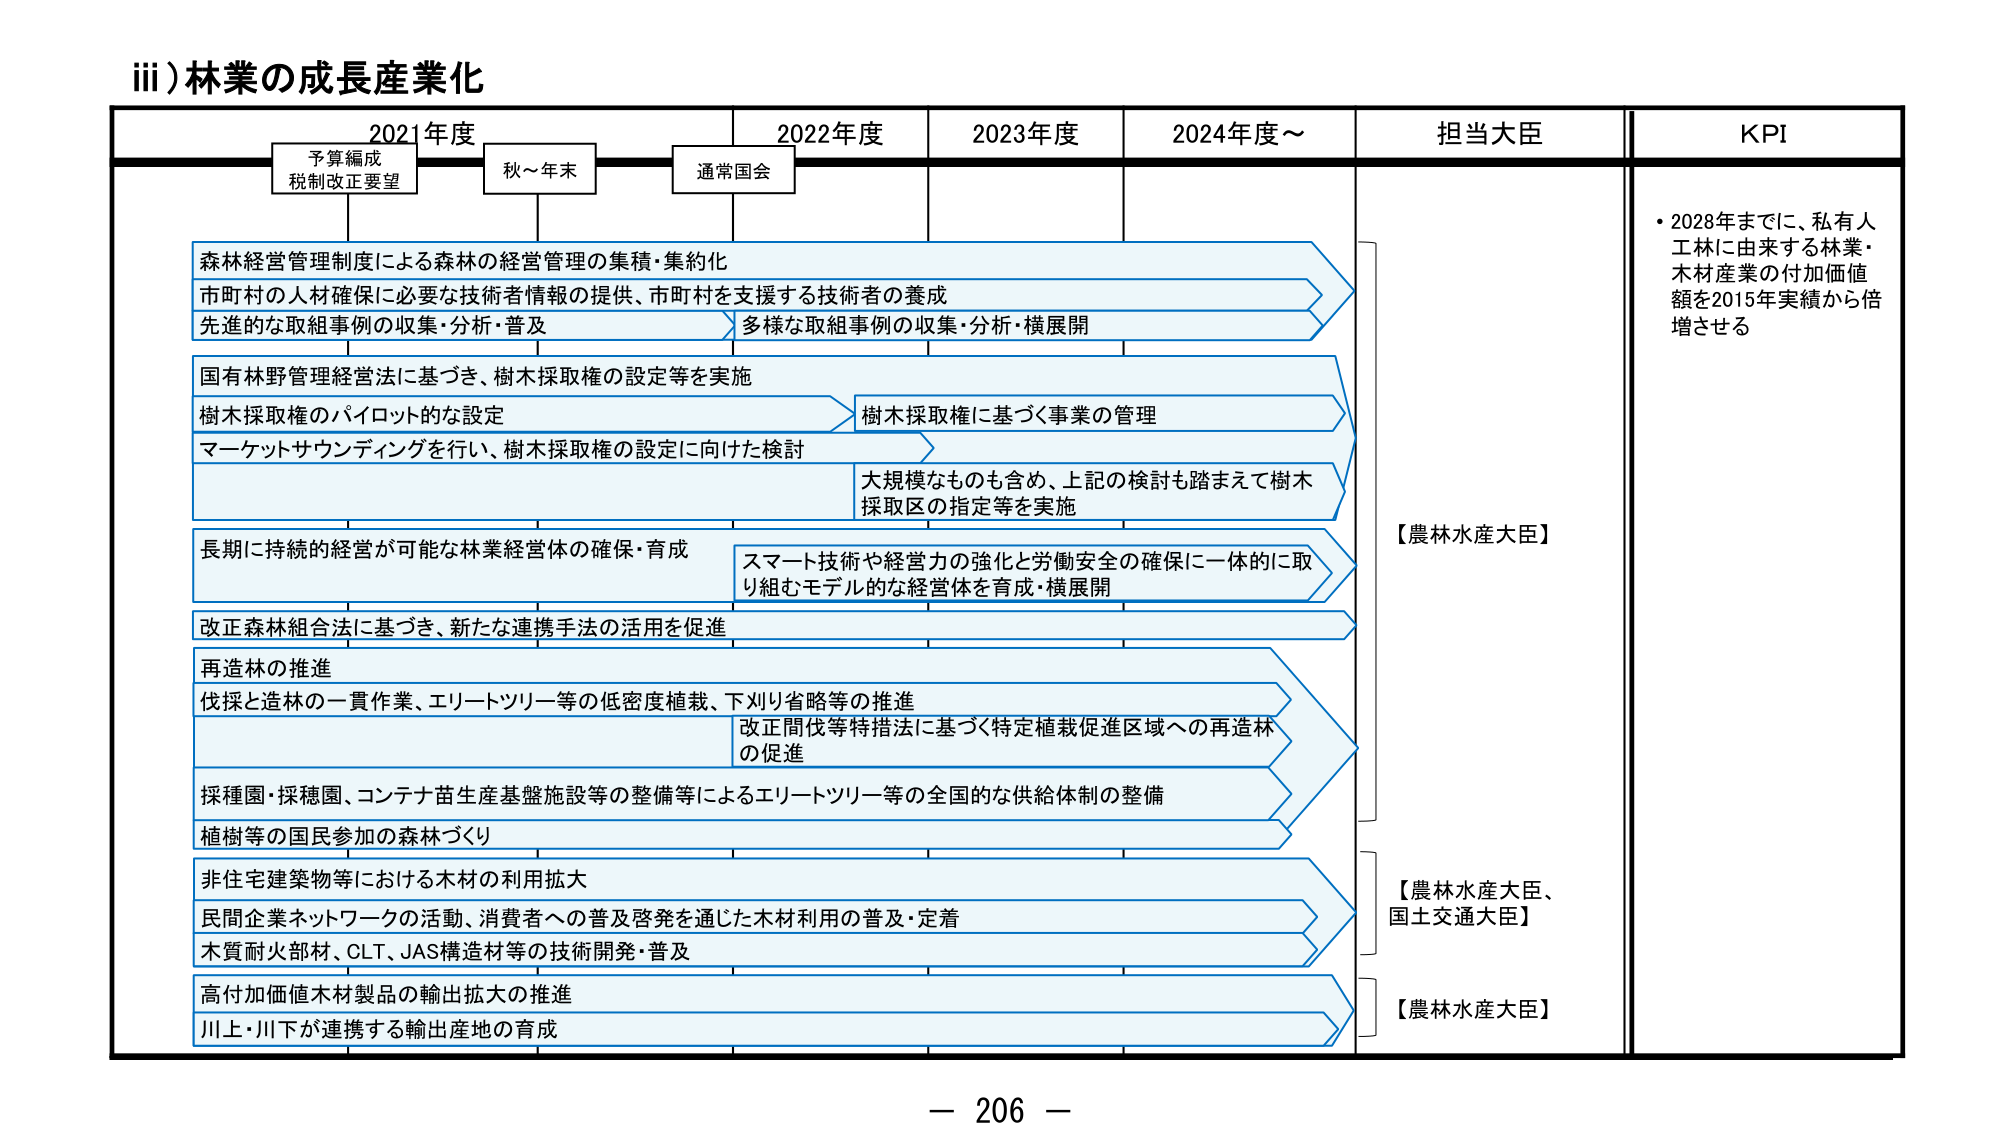
iii) 林業の成長産業化

2021年度　　　　　2022年度　　　　2023年度　　　　2024年度～　　　担当大臣　　　　KPI

予算編成
税制改正要望　　　秋～年末　　　　通常国会

森林経営管理制度による森林の経営管理の集積・集約化
市町村の人材確保に必要な技術者情報の提供、市町村を支援する技術者の養成
先進的な取組事例の収集・分析・普及　　　　　　　多様な取組事例の収集・分析・横展開

国有林野管理経営法に基づき、樹木採取権の設定等を実施
樹木採取権のパイロット的な設定　　　　　　　　　　樹木採取権に基づく事業の管理
マーケットサウンディングを行い、樹木採取権の設定に向けた検討
　　　　　　　　　　　　　　　　　　　　　　　　大規模なものも含め、上記の検討も踏まえて樹木
　　　　　　　　　　　　　　　　　　　　　　　　採取区の指定等を実施

長期に持続的経営が可能な林業経営体の確保・育成
　　　　　　　　　　　　　　　　　　　　　　　　スマート技術や経営力の強化と労働安全の確保に一体的に取
　　　　　　　　　　　　　　　　　　　　　　　　り組むモデル的な経営体を育成・横展開

改正森林組合法に基づき、新たな連携手法の活用を促進

再造林の推進
伐採と造林の一貫作業、エリートツリー等の低密度植栽、下刈り省略等の推進
　　　　　　　　　　　　　　　　　　　　　　　　改正間伐等特措法に基づく特定植栽促進区域への再造林
　　　　　　　　　　　　　　　　　　　　　　　　の促進

採種園・採種圃、コンテナ苗生産基盤施設等の整備等によるエリートツリー等の全国的な供給体制の整備

植樹等の国民参加の森林づくり

非住宅建築物等における木材の利用拡大
民間企業ネットワークの活動、消費者への普及啓発を通じた木材利用の普及・定着
木質耐火部材、CLT、JAS構造材等の技術開発・普及

高付加価値木材製品の輸出拡大の推進
川上・川下が連携する輸出産地の育成

【農林水産大臣】
【農林水産大臣、
国土交通大臣】
【農林水産大臣】

・2028年までに、私有人工林に由来する林業・木材産業の付加価値額を2015年実績から倍増させる

－ 206 －